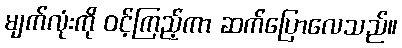
မျက်လုံးကို ဝင့်ကြည့်ကာ ဆက်ပြောလေသည်။